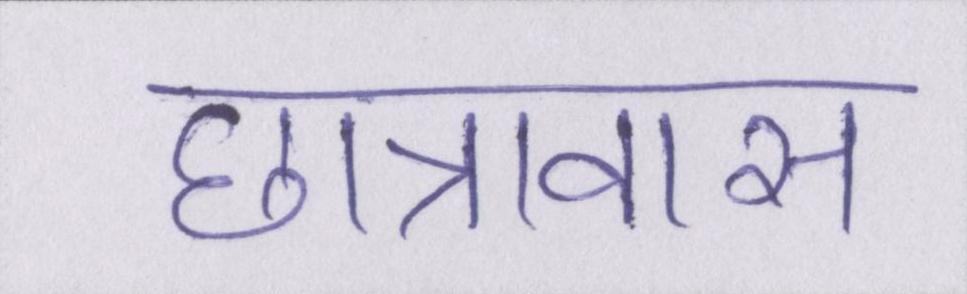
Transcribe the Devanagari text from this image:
छात्रावास